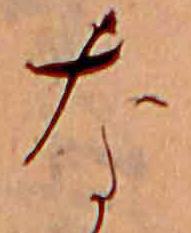
な